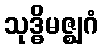
သုဒ္ဓိမဇ္ဈဂံ